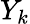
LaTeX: Y_{k}